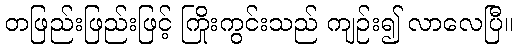
တဖြည်းဖြည်းဖြင့် ကြိုးကွင်းသည် ကျဉ်း၍ လာလေပြီ။